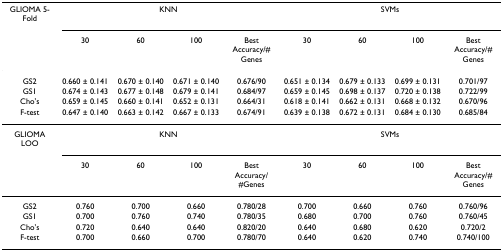
<table><thead><tr><td><b>GLIOMA 5-Fold</b></td><td colspan="4"><b>KNN</b></td><td colspan="4"><b>SVMs</b></td></tr><tr><td></td><td><b>30</b></td><td><b>60</b></td><td><b>100</b></td><td><b>Best Accuracy/# Genes</b></td><td><b>30</b></td><td><b>60</b></td><td><b>100</b></td><td><b>Best Accuracy/# Genes</b></td></tr></thead><tbody><tr><td>GS2</td><td>0.660 ± 0.141</td><td>0.670 ± 0.140</td><td>0.671 ± 0.140</td><td>0.676/90</td><td>0.651 ± 0.134</td><td>0.679 ± 0.133</td><td>0.699 ± 0.131</td><td>0.701/97</td></tr><tr><td>GS1</td><td>0.674 ± 0.143</td><td>0.677 ± 0.148</td><td>0.679 ± 0.141</td><td>0.684/97</td><td>0.659 ± 0.145</td><td>0.698 ± 0.137</td><td>0.720 ± 0.138</td><td>0.722/99</td></tr><tr><td>Cho&#x27;s</td><td>0.659 ± 0.145</td><td>0.660 ± 0.141</td><td>0.652 ± 0.131</td><td>0.664/31</td><td>0.618 ± 0.141</td><td>0.662 ± 0.131</td><td>0.668 ± 0.132</td><td>0.670/96</td></tr><tr><td>F-test</td><td>0.647 ± 0.140</td><td>0.663 ± 0.142</td><td>0.667 ± 0.133</td><td>0.674/91</td><td>0.639 ± 0.138</td><td>0.672 ± 0.131</td><td>0.684 ± 0.130</td><td>0.685/84</td></tr><tr><td>GLIOMA LOO</td><td colspan="4">KNN</td><td colspan="4">SVMs</td></tr><tr><td></td><td>30</td><td>60</td><td>100</td><td>Best Accuracy/#Genes</td><td>30</td><td>60</td><td>100</td><td>Best Accuracy/# Genes</td></tr><tr><td>GS2</td><td>0.760</td><td>0.700</td><td>0.660</td><td>0.780/28</td><td>0.700</td><td>0.660</td><td>0.760</td><td>0.760/96</td></tr><tr><td>GS1</td><td>0.700</td><td>0.760</td><td>0.740</td><td>0.780/35</td><td>0.680</td><td>0.700</td><td>0.760</td><td>0.760/45</td></tr><tr><td>Cho&#x27;s</td><td>0.720</td><td>0.640</td><td>0.640</td><td>0.820/20</td><td>0.640</td><td>0.680</td><td>0.620</td><td>0.720/2</td></tr><tr><td>F-test</td><td>0.700</td><td>0.660</td><td>0.700</td><td>0.780/70</td><td>0.640</td><td>0.620</td><td>0.740</td><td>0.740/100</td></tr></tbody></table>